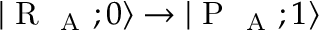
| \mathrm { ~ R ~ } _ { \mathrm { ~ A ~ } } ; 0 \rangle \rightarrow | \mathrm { ~ P ~ } _ { \mathrm { ~ A ~ } } ; 1 \rangle